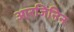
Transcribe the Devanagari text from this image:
आरजिनिन